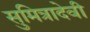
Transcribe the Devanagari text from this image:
सुमित्रादेवी